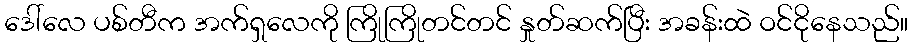
ဒေါ်လေ ပစ်တီက အက်ရှလေကို ကြိုကြိုတင်တင် နှုတ်ဆက်ပြီး အခန်းထဲ ဝင်ငိုနေသည်။